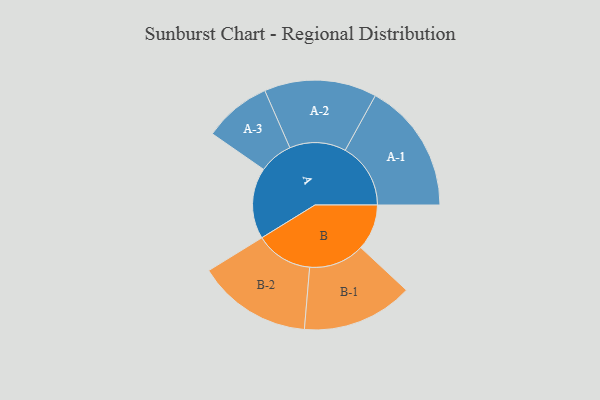
{"axis": {"x": "Segment", "y": "Value"}, "legend": ["", "A", "B"], "data": [{"x": "A", "y": 303, "type": ""}, {"x": "B", "y": 196, "type": ""}, {"x": "A-1", "y": 279, "type": "A"}, {"x": "A-2", "y": 240, "type": "A"}, {"x": "A-3", "y": 144, "type": "A"}, {"x": "B-1", "y": 237, "type": "B"}, {"x": "B-2", "y": 244, "type": "B"}]}